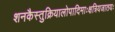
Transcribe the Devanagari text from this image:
शनकैस्तुक्रियालोपादिमाःक्षत्रियजातयः